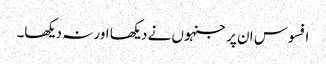
افسوس ان پر جنہوں نے دیکھا اور نہ دیکھا۔